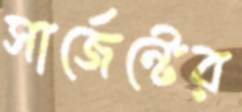
সার্জেন্টের